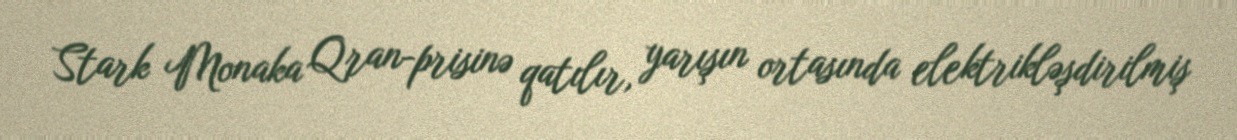
Stark Monaka Qran-prisinə qatılır, yarışın ortasında elektrikləşdirilmiş